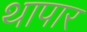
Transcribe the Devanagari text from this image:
थापार